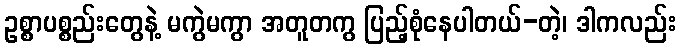
ဥစ္စာပစ္စည်းတွေနဲ့ မကွဲမကွာ အတူတကွ ပြည့်စုံနေပါတယ်-တဲ့၊ ဒါကလည်း